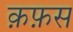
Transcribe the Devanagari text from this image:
क़फ़स